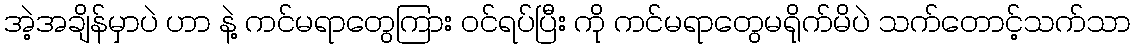
အဲ့အချိန်မှာပဲ ဟာ နဲ့ ကင်မရာတွေကြား ဝင်ရပ်ပြီး ကို ကင်မရာတွေမရိုက်မိပဲ သက်တောင့်သက်သာ